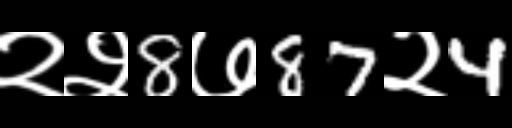
Text: २२8७87२4